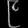
Digit: ၉